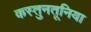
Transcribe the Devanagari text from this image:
कस्तुनतूनिया